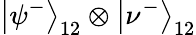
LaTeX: \left|\psi^{-}\right\rangle_{12}\otimes\left|\nu^{-}\right\rangle_{12}